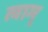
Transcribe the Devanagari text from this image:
त्वाम्